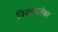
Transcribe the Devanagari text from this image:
त्रिकपालेश्वर